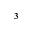
^ 3